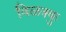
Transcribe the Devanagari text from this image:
विळक्कु